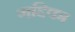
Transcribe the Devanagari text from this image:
गद्दिका